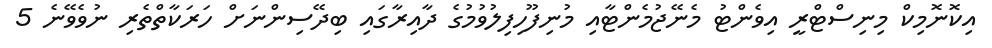
އިކޮނޮމިކް މިނިސްޓްރީ އިވެންޓު މެނޭޖުމެންޓާއި މުނިފޫހިފިލުވުމުގެ ދާއިރާގައި ބިދޭސިންނަށް ހަރަކާތްތެރި ނުވެވޭނެ 5